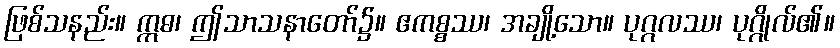
ဖြစ်သနည်း။ ဣဓ၊ ဤသာသနာတော်၌။ ဧကစ္စဿ၊ အချို့သော။ ပုဂ္ဂလဿ၊ ပုဂ္ဂိုလ်၏။